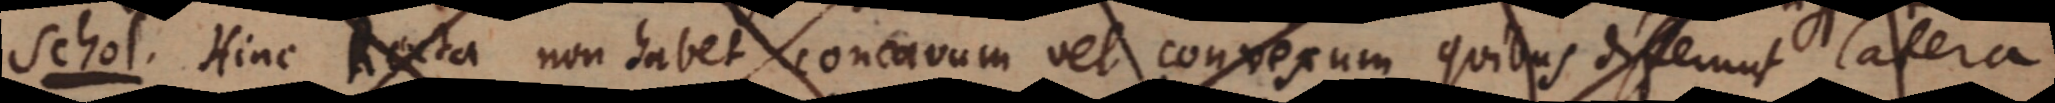
Schol. Hinc R exta non habet concavum vel convexum quibus differunt latera